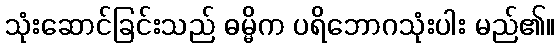
သုံးဆောင်ခြင်းသည် ဓမ္မိက ပရိဘောဂသုံးပါး မည်၏။